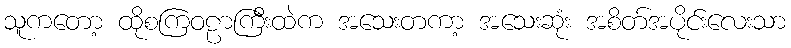
သူကတော့ ထိုစကြဝဠာကြီးထဲက အသေးတကာ့ အသေးဆုံး အစိတ်အပိုင်းလေးသာ